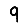
Digit: 9